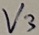
Text: V3